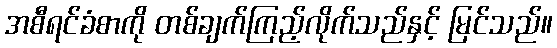
အစီရင်ခံစာကို တစ်ချက်ကြည့်လိုက်သည်နှင့် မြင်သည်။